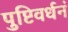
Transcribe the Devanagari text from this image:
पुष्टिवर्धनं